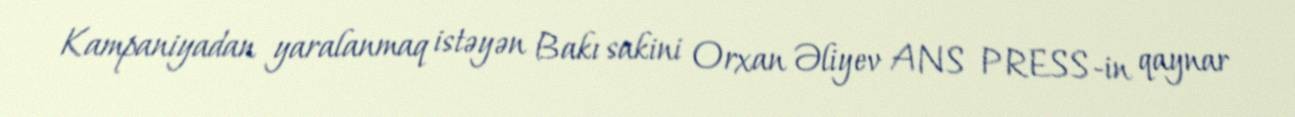
Kampaniyadan yaralanmaq istəyən Bakı sakini Orxan Əliyev ANS PRESS-in qaynar